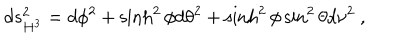
d s _ { H ^ { 3 } } ^ { 2 } = d \phi ^ { 2 } + \sinh ^ { 2 } \phi d \theta ^ { 2 } + \sinh ^ { 2 } \phi \sin ^ { 2 } \theta d \nu ^ { 2 } \ ,